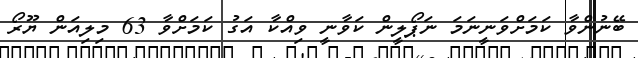
ބޭނުންވާ ކަމަށްވަނީނަމަ ނަޕޯލީން ކަވާނީ ވިއްކާ އަގު ކަމަށްވާ 63 މިލިއަން ޔޫރޯ